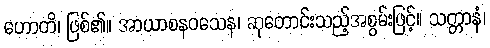
ဟောတိ၊ ဖြစ်၏။ အာယာစနဝသေန၊ ဆုတောင်းသည့်အစွမ်းဖြင့်။ သတ္တာနံ၊